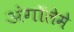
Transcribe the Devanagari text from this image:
अंगॉलेमे